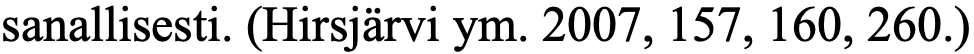
sanallisesti. (Hirsjärvi ym. 2007, 157, 160, 260.)